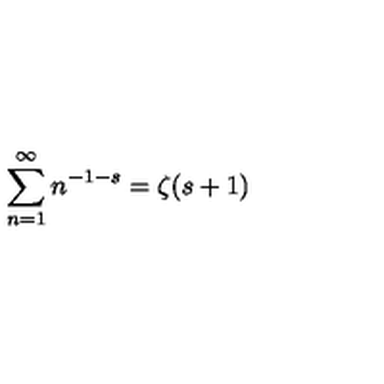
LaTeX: \sum _ { n = 1 } ^ { \infty } n ^ { - 1 - s } = \zeta ( s + 1 )